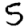
Digit: 5